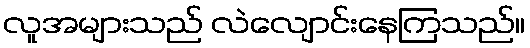
လူအများသည် လဲလျောင်းနေကြသည်။